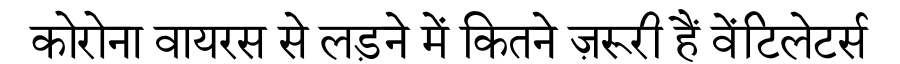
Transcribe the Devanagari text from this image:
कोरोना वायरस से लड़ने में कितने ज़रूरी हैं वेंटिलेटर्स